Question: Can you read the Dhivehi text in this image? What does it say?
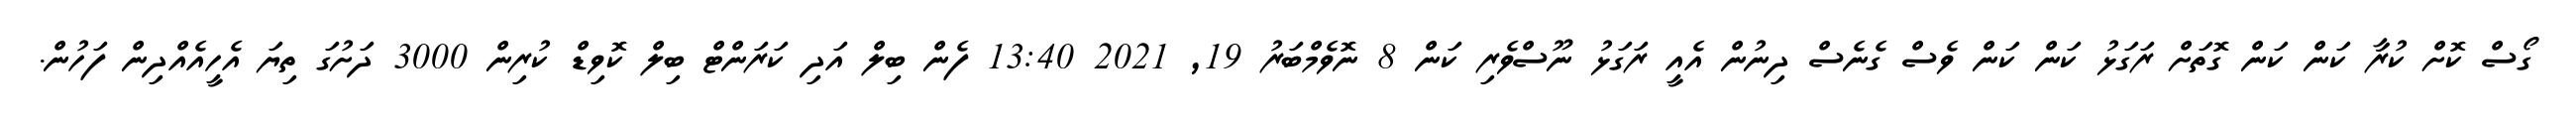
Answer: ގޯސް ކޮށް ކުރާ ކަން ކަން ގޮތަށް ރަގަޅު ކަން ކަން ވެސް ގެނެސް ދިނުން އެއީ ރަގަޅު ނޫސްވެރި ކަން 8 ނޮވެމްބަރު 19, 2021 13:40 ފެން ބިލް އަދި ކަރަންޓް ބިލް ކޮވިޑް ކުރިން 3000 ދަށުގަ ތިޔަ އެހީއެއްދިން ފަހުން.